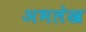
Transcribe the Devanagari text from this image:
अभलेख